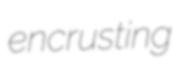
encrusting